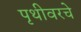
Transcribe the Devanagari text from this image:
पृथीवरचे